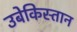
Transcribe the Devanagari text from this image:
उबेकिस्तान